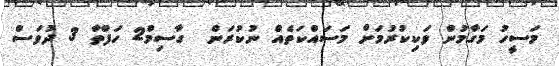
މަސީހު މަގާމުން ވަކިކުރުމަށް މަސައްކަތެއް ނުކުރަން  ގާސިމް2 ހަފްތާ 3 ދުވަސް